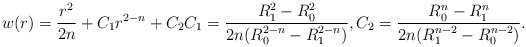
\begin{align*} w(r)=\frac{r^2}{2n}+C_1r^{2-n}+C_2C_1=\frac{R_1^2-R_0^2}{2n(R_0^{2-n}-R_1^{2-n})}, C_2=\frac{R_0^n-R_1^n}{2n(R_1^{n-2}-R_0^{n-2})}.\end{align*}